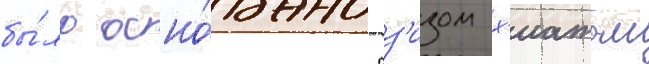
бы́ло осно́вано аз'изом х'иатом